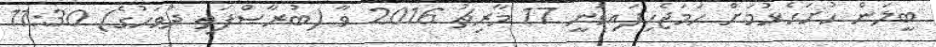
ބީލަން ހުށަހެޅުމަށް ހަމަޖެހިފައިވަނީ 17 މާރިޗު 2016 ވާ (ބުރާސްފަތި ދުވަހުގެ) 11:30